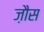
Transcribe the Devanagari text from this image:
ज़ौस